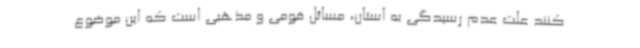
کنند علت عدم رسیدگی به استان، مسائل قومی و مذهبی است که این موضوع